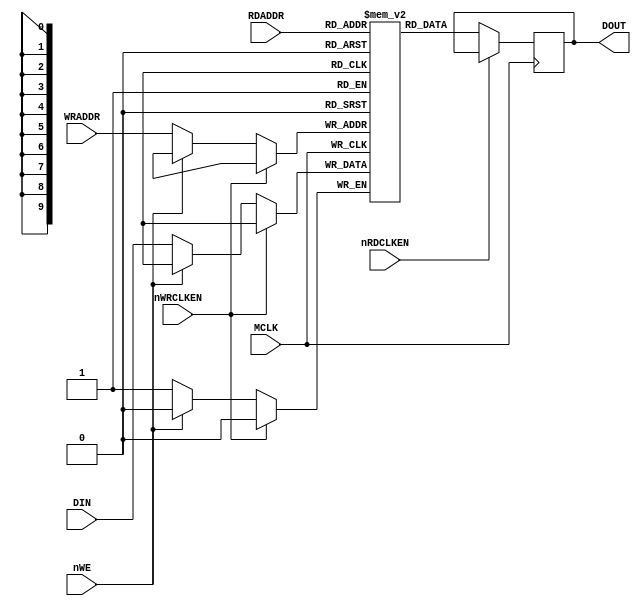
module RAM1k1
(
    input   wire            MCLK,
    input   wire    [9:0]   RDADDR,
	input   wire    [9:0]   WRADDR,
	input   wire            DIN,
	output  reg             DOUT,
    input   wire            nWE,
	input   wire            nWRCLKEN,
	input   wire            nRDCLKEN
);

reg             RAM1k1 [1023:0];

always @(posedge MCLK)
begin
    if(nWRCLKEN == 1'b0)
    begin
       if (nWE == 1'b0)
       begin
           RAM1k1[WRADDR] <= DIN;
       end
    end
end

always @(posedge MCLK) //read 
begin
    if(nRDCLKEN == 1'b0)
    begin
        DOUT <= RAM1k1[RDADDR];
    end
end


endmodule